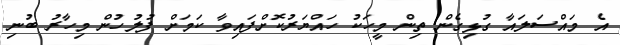
އެ މައްސަލައާ ގުޅިގެން ތިން މީހަކު ހައްޔަރުކޮށްފައިވާ ކަމަށް ފުލުހުން މިހާރު ބުނި